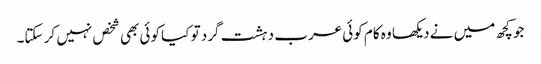
جو کچھ میں نے دیکھا وہ کام کوئی عرب دہشت گرد تو کیا کوئی بھی شخص نہیں کر سکتا۔